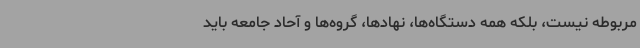
مربوطه نیست، بلکه همه دستگاه‌ها، نهادها، گروه‌ها و آحاد جامعه باید